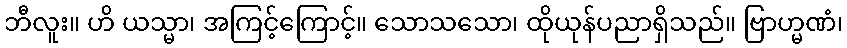
ဘီလူး။ ဟိ ယသ္မာ၊ အကြင့်ကြောင့်။ သောသသော၊ ထိုယုန်ပညာရှိသည်။ ဗြာဟ္မဏံ၊